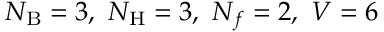
N _ { \mathrm { B } } = 3 , \, \, N _ { \mathrm { H } } = 3 , \, \, N _ { f } = 2 , \, \, V = 6